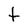
Character: t